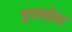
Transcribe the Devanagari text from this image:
इपसोस